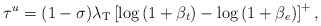
\begin{align*} \tau^u = (1-\sigma) \lambda_\textrm{T} \left[ \log \left(1 + \beta_t \right) - \log \left(1 + \beta_e \right) \right]^{+},\end{align*}